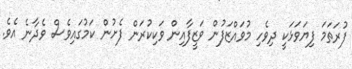
ފުރަތަމަ ފިޔަވަޅަކީ ދިވެހި މުވައްޒަފުން ވަޒީފާއިން ވަކިކުރަން ފެށުން ކަމުގައިވެސް ވެދާނެ އެވެ.